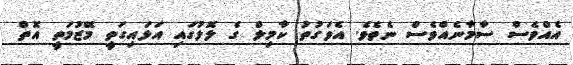
އެއްވެސް ސާމާނެއްވެސް ނެތެވެ. އެވަގުތު ކާމިލް ގެ ލޮލުގައި އަޅައިގަތީ މޭޒުމަތީ އޮތް